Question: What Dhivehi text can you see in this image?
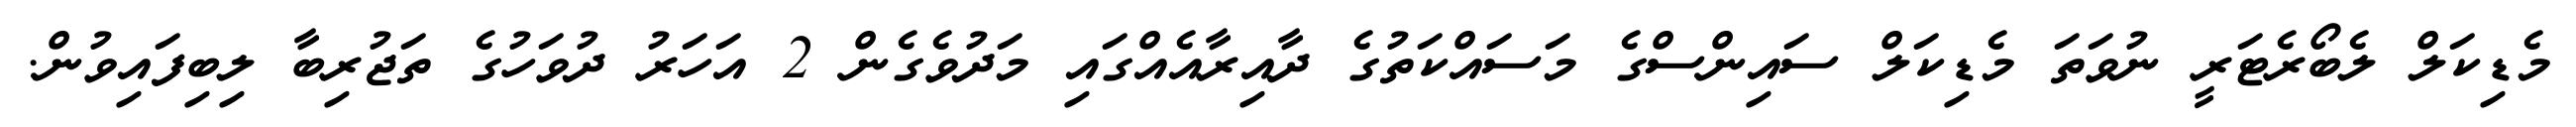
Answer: މެޑިކަލް ލެބޯރެޓަރީ ނުވަތަ މެޑިކަލް ސައިންސްގެ މަސައްކަތުގެ ދާއިރާއެއްގައި މަދުވެގެން 2 އަހަރު ދުވަހުގެ ތަޖުރިބާ ލިބިފައިވުން.